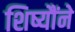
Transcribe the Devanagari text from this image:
शिष्यौंने